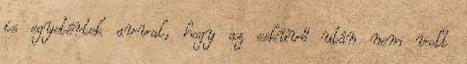
is egyetértek avval, hogy az esküvő után nem volt